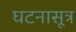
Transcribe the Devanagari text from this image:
घटनासूत्र